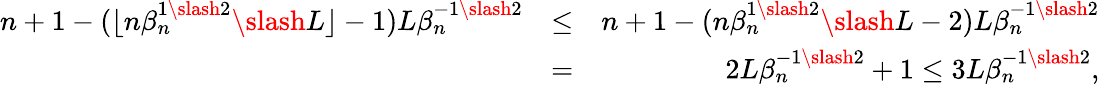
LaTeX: \begin{array}{rlr}{n+1-(\lfloor n\beta_{n}^{1\slash 2}\slash L\rfloor-1)L\beta_{n}^{-1\slash 2}}&{\leq}&{n+1-(n\beta_{n}^{1\slash 2}\slash L-2)L\beta_{n}^{-1\slash 2}}\\ &{=}&{2L\beta_{n}^{-1\slash 2}+1\leq 3L\beta_{n}^{-1\slash 2},}\end{array}